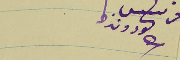
فرنسيس لحود ونزها